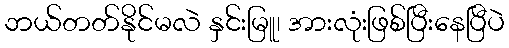
ဘယ်တတ်နိုင်မလဲ နှင်းမြူ၊ အားလုံးဖြစ်ပြီးနေပြီပဲ